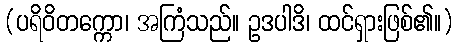
(ပရိဝိတက္ကော၊ အကြံသည်။ ဥဒပါဒိ၊ ထင်ရှားဖြစ်၏။)